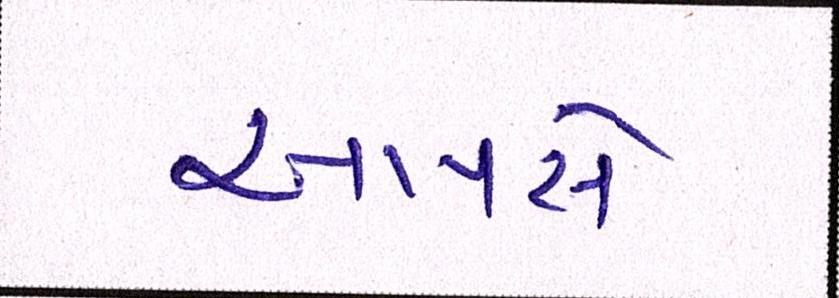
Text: આપસે